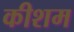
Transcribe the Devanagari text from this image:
कीशम